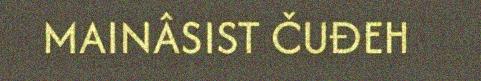
MAINÂSIST ČUĐEH